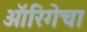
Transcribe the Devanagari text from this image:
ऑरिगेचा